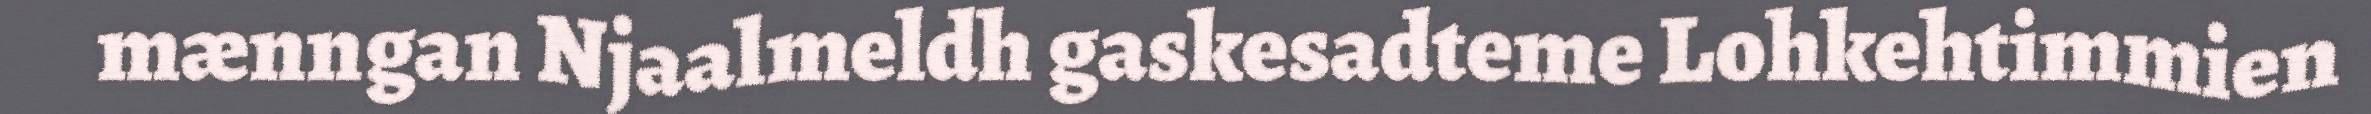
mænngan Njaalmeldh gaskesadteme Lohkehtimmien